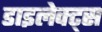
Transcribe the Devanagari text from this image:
डाइलेक्ट्स